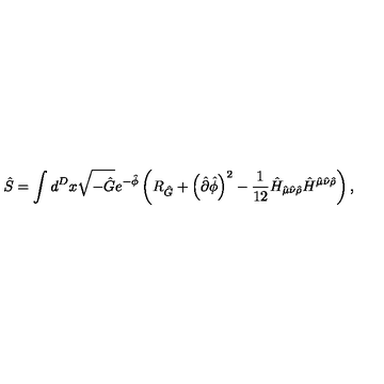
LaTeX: \hat { S } = \int d ^ { D } x \sqrt { - \hat { G } } e ^ { - \hat { \phi } } \left( R _ { \hat { G } } + \left( \hat { \partial } \hat { \phi } \right) ^ { 2 } - \frac { 1 } { 1 2 } \hat { H } _ { \hat { \mu } \hat { \nu } \hat { \rho } } \hat { H } ^ { \hat { \mu } \hat { \nu } \hat { \rho } } \right) ,